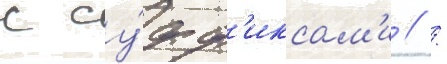
с су́фф'иксам'и / /